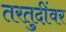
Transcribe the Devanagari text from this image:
तरतुदींवर